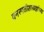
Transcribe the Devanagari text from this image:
वनस्पतीशास्त्रज्ञांच्या